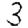
Digit: 3